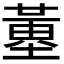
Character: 𡐳